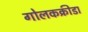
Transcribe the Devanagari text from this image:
गोलकक्रीडा